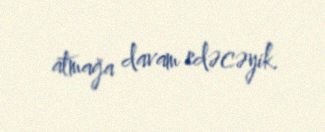
atmağa davam edəcəyik.